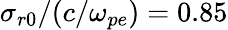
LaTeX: \sigma_{r0}/(c/\omega_{pe})=0.85